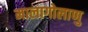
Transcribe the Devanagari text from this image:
मालागोलाणु